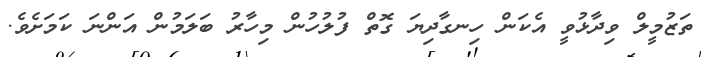
ތަޒުމީލް ވިދާޅުވީ އެކަން ހިނގާދިޔަ ގޮތް ފުލުހުން މިހާރު ބަލަމުން އަންނަ ކަމަށެވެ.